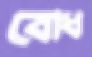
বোধ